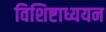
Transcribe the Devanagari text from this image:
विशिष्टाध्ययन